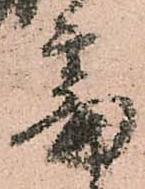
審